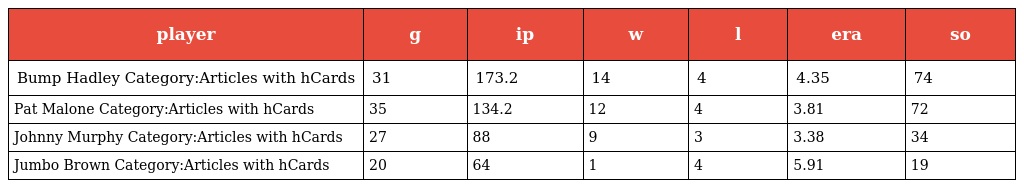
| player | g | ip | w | l | era | so |
 | --- | --- | --- | --- | --- | --- | --- |
 | Bump Hadley Category:Articles with hCards | 31 | 173.2 | 14 | 4 | 4.35 | 74 |
 | Pat Malone Category:Articles with hCards | 35 | 134.2 | 12 | 4 | 3.81 | 72 |
 | Johnny Murphy Category:Articles with hCards | 27 | 88 | 9 | 3 | 3.38 | 34 |
 | Jumbo Brown Category:Articles with hCards | 20 | 64 | 1 | 4 | 5.91 | 19 |